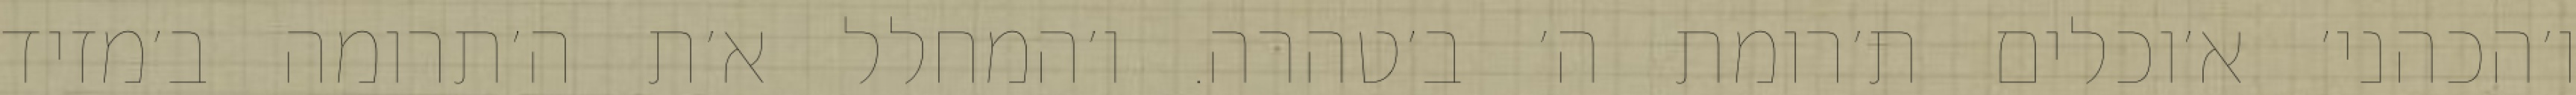
ו׳הכהני׳ א׳וכלים ת׳רומת ה׳ ב׳טהרה. ו׳המחלל א׳ת ה׳תרומה ב׳מזיד